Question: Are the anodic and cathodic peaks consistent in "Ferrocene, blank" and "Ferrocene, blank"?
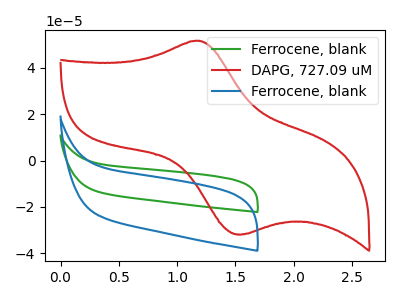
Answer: <think>The green curve "Ferrocene, blank" has no peaks. The red curve "DAPG, 727.09 uM" has an anodic peak at (1.20V, 51.65uA) and a cathodic peak at (1.55V, -31.85uA). The blue curve "Ferrocene, blank" has no peaks.</think>
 <answer>Niether CV has any peaks.</answer>
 <eval>blanks</eval>